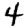
Digit: 4